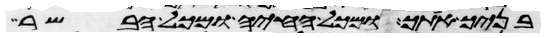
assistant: בניך אתך ומכל החיה ומכל הבשר